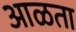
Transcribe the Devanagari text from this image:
आळता